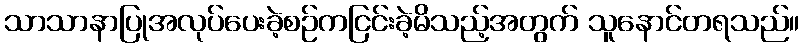
သာသာနာပြုအလုပ်ပေးခဲ့စဉ်ကငြင်းခဲ့မိသည့်အတွက် သူနောင်တရသည်။